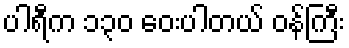
ပါရီက ၁၃၀ ဝေးပါတယ် ဝန်ကြီး